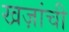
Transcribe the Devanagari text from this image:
खज़ांची